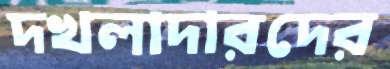
দখলাদারদের